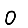
Digit: 0